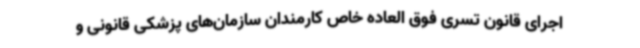
اجرای قانون تسری فوق العاده خاص کارمندان سازمان‌های پزشکی قانونی و